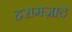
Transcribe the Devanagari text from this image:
हरामज़ादे